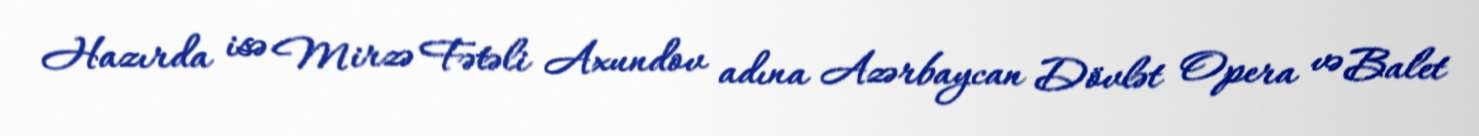
Hazırda isə Mirzə Fətəli Axundov adına Azərbaycan Dövlət Opera və Balet